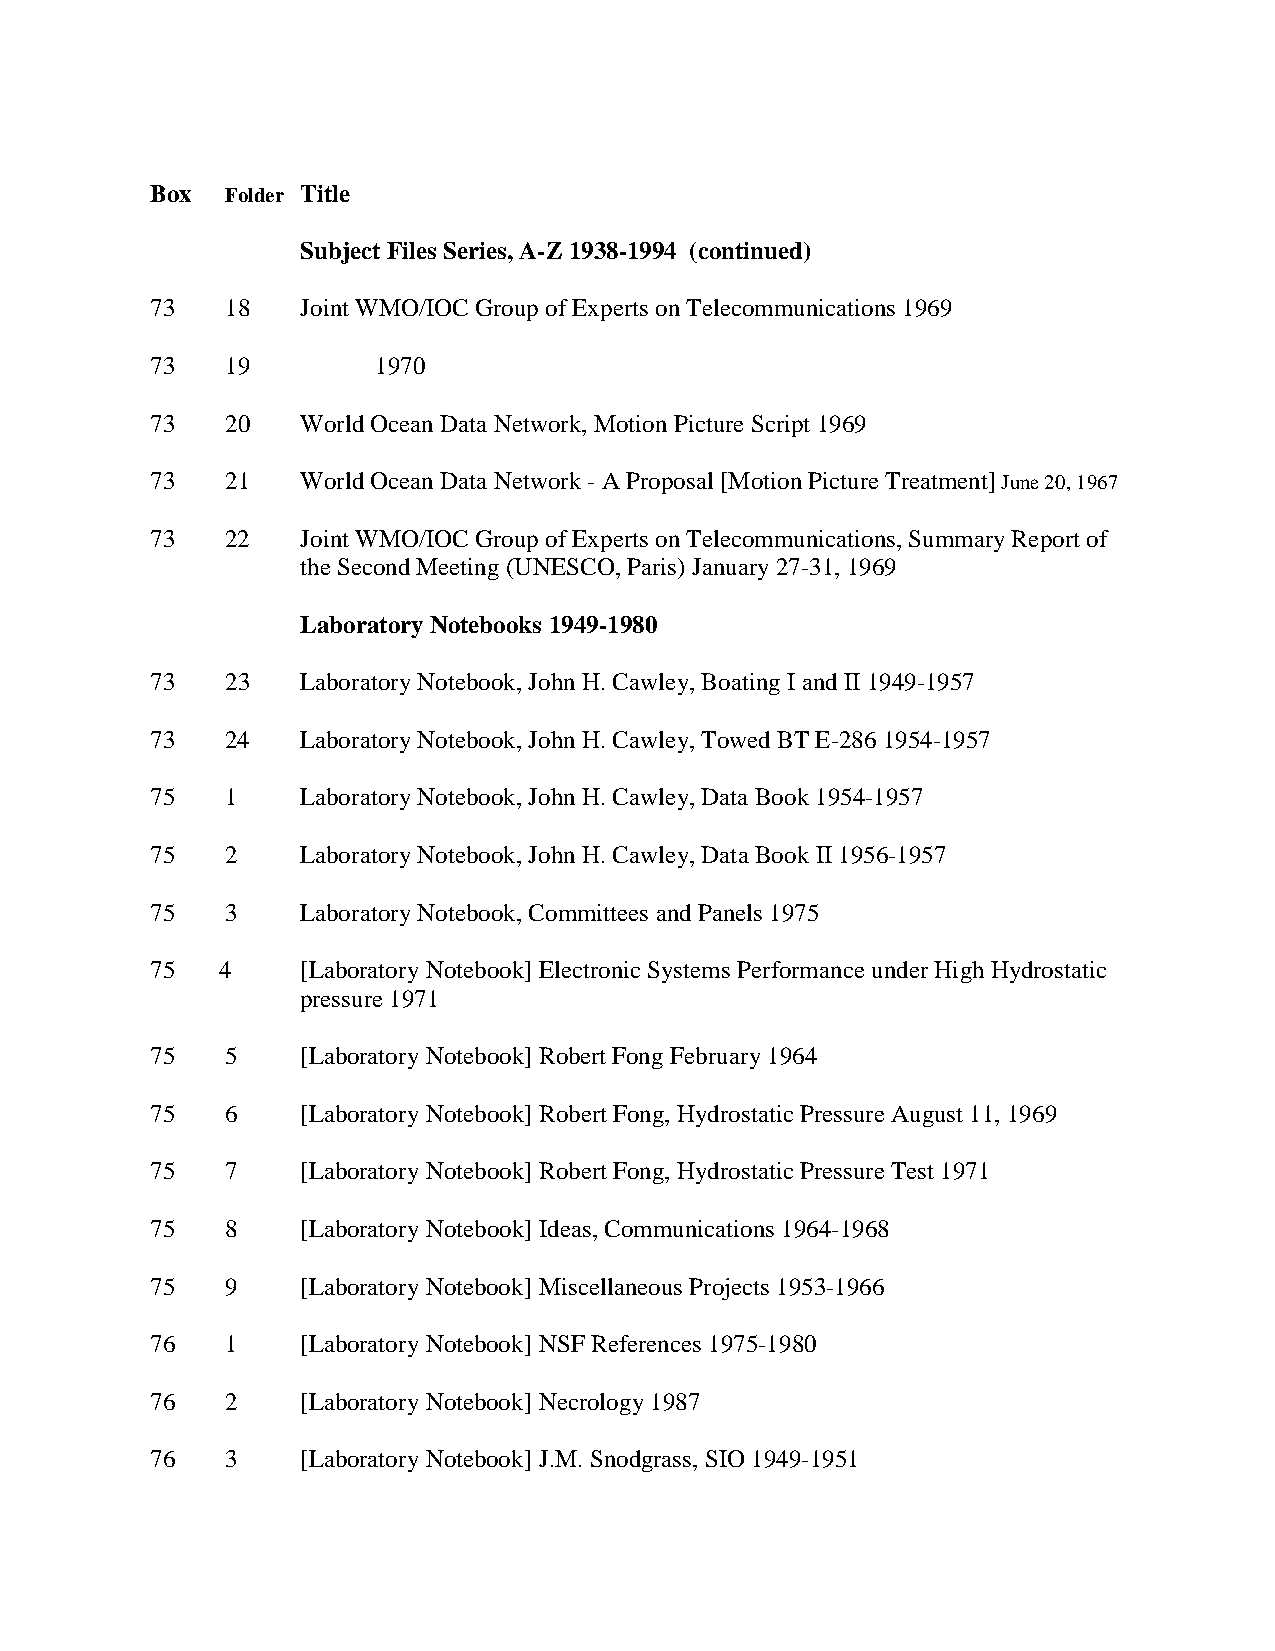
Box  Folder Title
 Subject Files Series, A-Z 1938-1994 (continued)
 73   18   Joint WMO/IOC Group of Experts on Telecommunications 1969
 73   19        1970
 73   20   World Ocean Data Network, Motion Picture Script 1969
 73   21   World Ocean Data Network - A Proposal [Motion Picture Treatment] June 20, 1967
 73   22   Joint WMO/IOC Group of Experts on Telecommunications, Summary Report of
 the Second Meeting (UNESCO, Paris) January 27-31, 1969
 Laboratory Notebooks 1949-1980
 73   23   Laboratory Notebook, John H. Cawley, Boating I and II 1949-1957
 73   24   Laboratory Notebook, John H. Cawley, Towed BT E-286 1954-1957
 75   1    Laboratory Notebook, John H. Cawley, Data Book 1954-1957
 75   2    Laboratory Notebook, John H. Cawley, Data Book II 1956-1957
 75   3    Laboratory Notebook, Committees and Panels 1975
 75  4     [Laboratory Notebook] Electronic Systems Performance under High Hydrostatic
 pressure 1971
 75   5    [Laboratory Notebook] Robert Fong February 1964
 75   6    [Laboratory Notebook] Robert Fong, Hydrostatic Pressure August 11, 1969
 75   7    [Laboratory Notebook] Robert Fong, Hydrostatic Pressure Test 1971
 75   8    [Laboratory Notebook] Ideas, Communications 1964-1968
 75   9    [Laboratory Notebook] Miscellaneous Projects 1953-1966
 76   1    [Laboratory Notebook] NSF References 1975-1980
 76   2    [Laboratory Notebook] Necrology 1987
 76   3    [Laboratory Notebook] J.M. Snodgrass, SIO 1949-1951